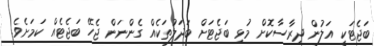
ބަޖެޓަކީ އަލުން ދިރާސާކޮށް މުޅި ބަޖެޓަށް ބަދަލުތަކެއް ގެންނަން ޖެހޭ ބަޖެޓެއް ކަމަށެވެ.